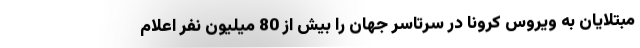
مبتلایان به ویروس کرونا در سرتاسر جهان را بیش از 80 میلیون نفر اعلام